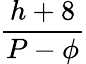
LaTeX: \frac{h+8}{P-\phi}